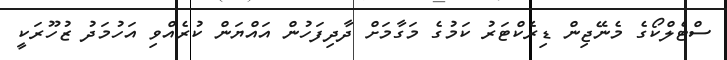
ސްޓެލްކޯގެ މެނޭޖިން ޑިރެކްޓަރު ކަމުގެ މަގާމަށް ދާދިފަހުން އައްޔަން ކުރެއްވި އަހުމަދު ޒުހޫރަކީ